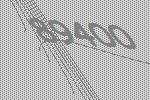
89400